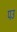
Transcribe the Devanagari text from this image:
पउ